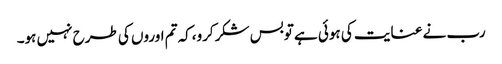
رب نے عنایت کی ہوئی ہے توبس شکرکرو،کہ تم اوروں کی طرح نہیں ہو۔